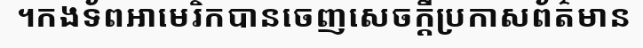
។កងទ័ពអាមេរិកបានចេញសេចក្តីប្រកាសព័ត៌មាន